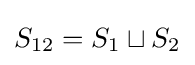
S_{12}=S_{1}\sqcup S_{2}